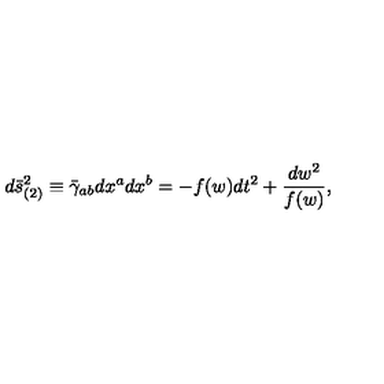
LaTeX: d \bar { s } _ { ( 2 ) } ^ { 2 } \equiv \bar { \gamma } _ { a b } d x ^ { a } d x ^ { b } = - f ( w ) d t ^ { 2 } + \frac { d w ^ { 2 } } { f ( w ) } ,